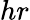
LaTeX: hr